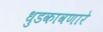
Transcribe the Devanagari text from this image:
धुडकावणारे